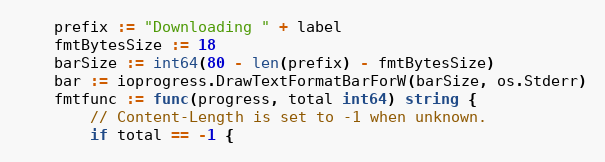
Language: Go
	prefix := "Downloading " + label
	fmtBytesSize := 18
	barSize := int64(80 - len(prefix) - fmtBytesSize)
	bar := ioprogress.DrawTextFormatBarForW(barSize, os.Stderr)
	fmtfunc := func(progress, total int64) string {
		// Content-Length is set to -1 when unknown.
		if total == -1 {